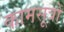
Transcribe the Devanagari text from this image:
कामसूत्रों